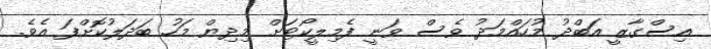
އިސްގާޒީ އަބްދު މުހައްމަދު ވެސް ވަނީ ފެމިލީކޯޓަށް މިދިޔް މަހު ބަދަލުކޮށްފަ އެވެ.